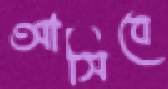
আসিবে